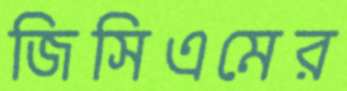
জিসিএমের